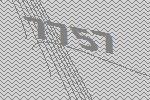
7757